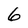
Character: 6